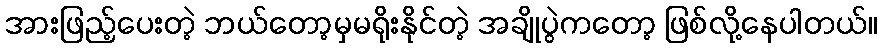
အားဖြည့်ပေးတဲ့ ဘယ်တော့မှမရိုးနိုင်တဲ့ အချိုပွဲကတော့ ဖြစ်လို့နေပါတယ်။